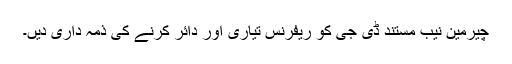
چیرمین نیب مستند ڈی جی کو ریفرنس تیاری اور دائر کرنے کی ذمہ داری دیں۔